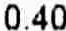
0.40